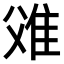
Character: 𨾝